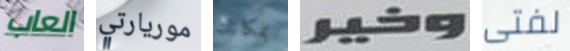
العاب موريارتي بمكانك وخير لفتى